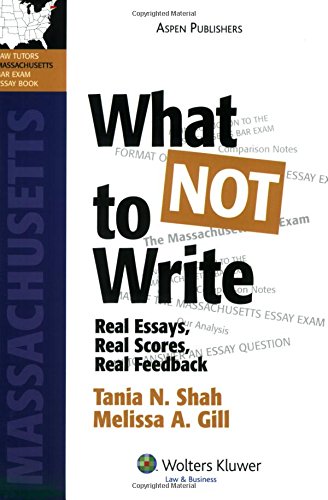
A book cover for What NOT To Write: Real Essays, Real Scores, Real Feedback. Massachusetts Bar Exam Essay Book (Bar Review Series); Tania Shah; Test Preparation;